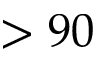
> 9 0